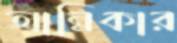
আন্নিকার